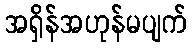
အရှိန်အဟုန်မပျက်